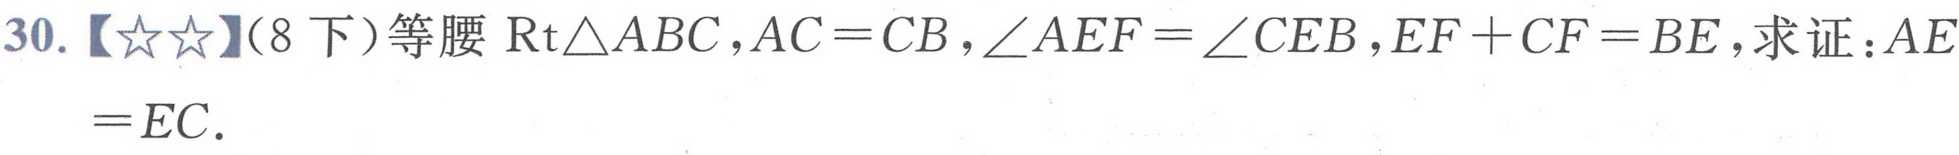
30.【\(☆☆\)】(8下)等腰\(\text{Rt}\triangle ABC\)，\(AC = CB\)，\(\angle AEF=\angle CEB\)，\(EF + CF = BE\)，求证：\(AE=EC\).